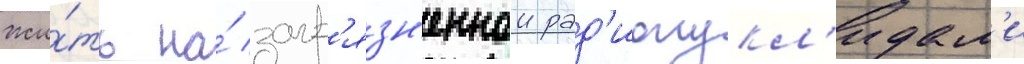
жи́ть на́ загр'язн'еннои рад'ионукл'идам'и